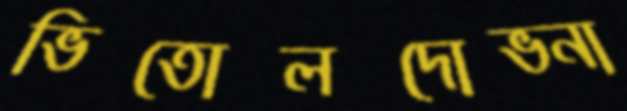
ভিতোলদোভ্না